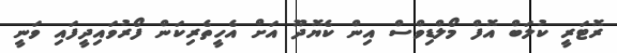
ރޮޓަރީ ކުލަބް އޮފް މޯލްޑިވްސް އިން ކެޔޮދޫ އަށް އެހީތެރިކަން ފޯރުވައިދީފައި ވަނީ